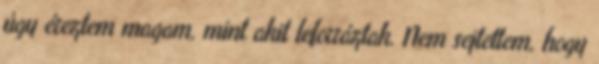
úgy éreztem magam, mint akit leforráztak. Nem sejtettem, hogy